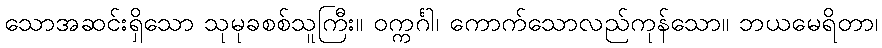
သောအဆင်းရှိသော သုမုခစစ်သူကြီး။ ဝက္ကင်္ဂါ၊ ကောက်သောလည်ကုန်သော။ ဘယမေရိတာ၊